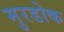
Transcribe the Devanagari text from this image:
मुरडोक